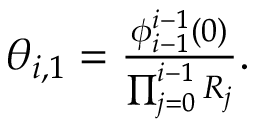
\begin{array} { r } { \theta _ { i , 1 } = \frac { \phi _ { i - 1 } ^ { i - 1 } ( 0 ) } { \prod _ { j = 0 } ^ { i - 1 } R _ { j } } . } \end{array}